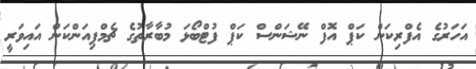
އަހަރުގެ އެފްރިކަން ކަޕް އޮފް ނޭޝަންސް ކަޕް ފުޓްބޯޅަ މުބާރާތުގެ ޗެމްޕިއަންކަން އައިވަރީ